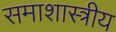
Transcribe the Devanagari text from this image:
समाशास्त्रीय